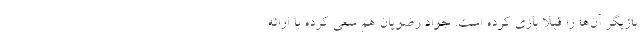
بازیگر آن‌ها را قبلاً بازی کرده است. جواد رضویان هم سعی کرده با ارائه